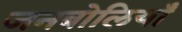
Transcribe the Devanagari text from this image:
जनबोलियाँ